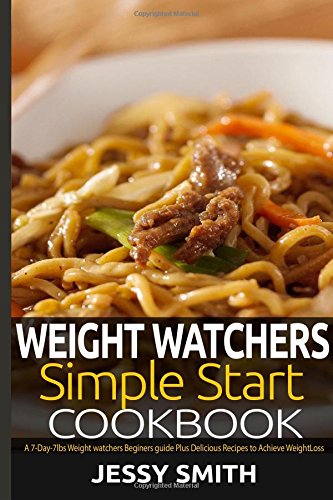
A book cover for Weight Watchers Simple Start Cookbook: A 7-Day-7lbs weight watchers Beginners Guide, Plus Mouthwatering Recipes to Help You lose weight in 7 Days. (Weight Watchers Diet Plan ) (Volume 2); Jessy Smith; Cookbooks, Food & Wine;